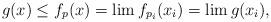
LaTeX: \begin{align*} g(x) \leq f_p(x) = \lim f_{p_i}(x_i) = \lim g(x_i),\end{align*}